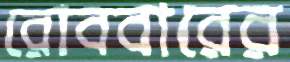
রোববারের